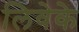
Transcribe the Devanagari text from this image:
लिवेके